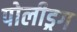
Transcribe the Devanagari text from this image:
पोलीड्रग